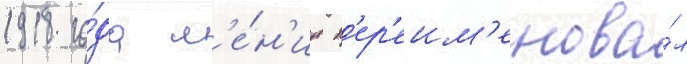
1918 го́да л'е́н'ин п'ер'еим'енова́л